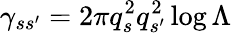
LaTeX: \gamma_{ss^{\prime}}=2\pi q_{s}^{2}q_{s^{\prime}}^{2}\log\Lambda